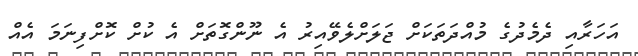
އަހަރާއި ދެމެދުގެ މުއްދަތަކަށް ޖަލަށްލެވޭއިރު އެ ނޫންގޮތަށް އެ ކުށް ކޮށްފިނަމަ އެއް